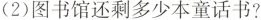
(2)图书馆还剩多少本童话书?